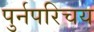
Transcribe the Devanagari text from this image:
पुर्नपरिचय